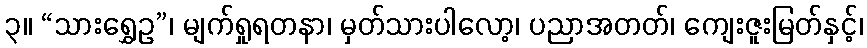
၃။ “သားရွှေဥ”၊ မျက်ရှုရတနာ၊ မှတ်သားပါလော့၊ ပညာအတတ်၊ ကျေးဇူးမြတ်နှင့်၊